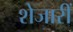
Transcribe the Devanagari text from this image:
शेजारीं